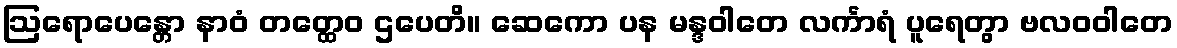
ဩရောပေန္တော နာဝံ တတ္ထေဝ ဌပေတိ။ ဆေကော ပန မန္ဒဝါတေ လင်္ကာရံ ပူရေတွာ ဗလဝဝါတေ